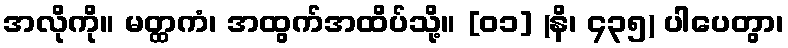
အလိုကို။ မတ္ထကံ၊ အထွက်အထိပ်သို့။ [၀၁] (နိ၊ ၄၃၅) ပါပေတွာ၊